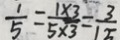
\frac { 1 } { 5 } = \frac { 1 \times 3 } { 5 \times 3 } = \frac { 3 } { 1 5 }